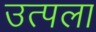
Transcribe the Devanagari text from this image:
उत्पला